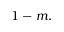
1 - m ,